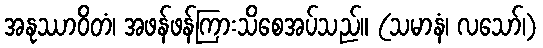
အနုဿာဝိတံ၊ အဖန်ဖန်ကြားသိစေအပ်သည်။ (သမာနံ၊ လသော်၊)